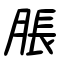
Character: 脹